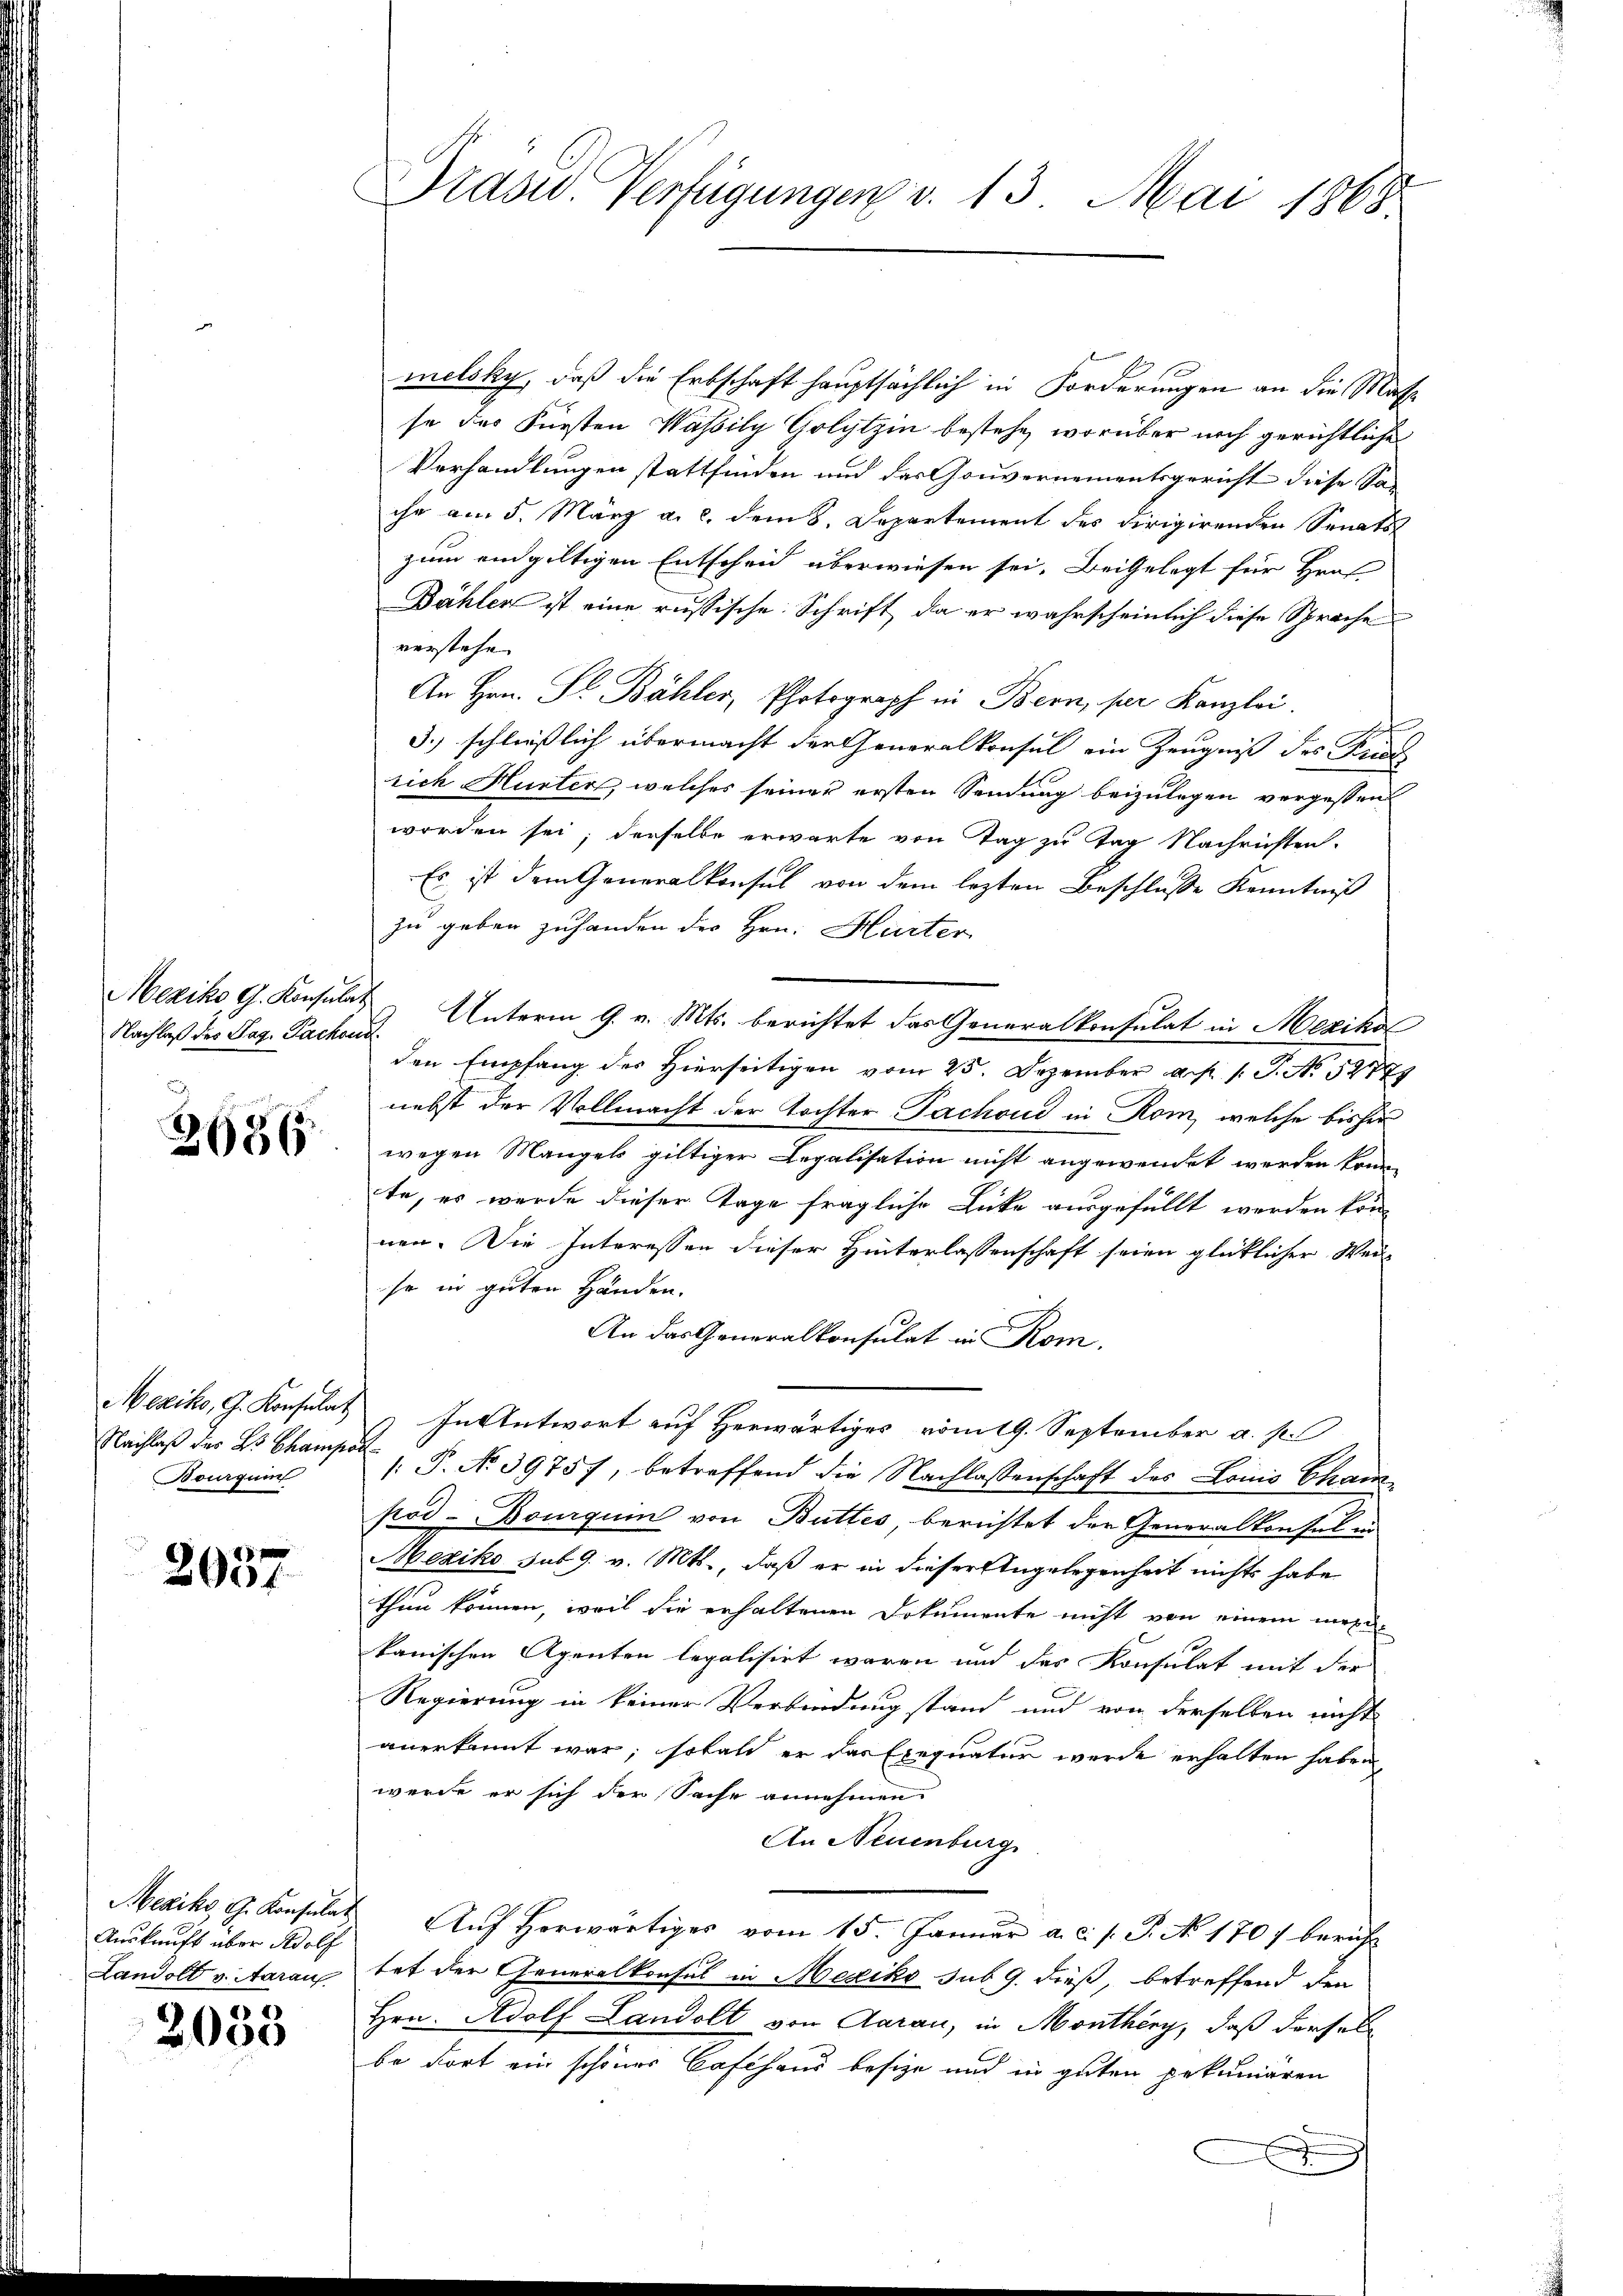
Nachlaß des Tag. Pachend

2686

Mexiko, G. Konsulat
Nachlaß der Bs Champar
Burgung

2057

Mexiko, G. Konsulat
Auskunft über Adolf
Landolt v. Aarau

) 4)
2000

Drasid. Verfügungen v. 13. Mai 1865

melsky, daß die Erbschaft hauptsächlich in Forderungen an die Masse des Fürsten Wassily Golytzin bestehe, worüber noch gerichtliche
Verhandlungen stattfinden und des Gouvernementsgericht diese Sa-
che am 5. März a. c. dem 8. Departement des dirigirenden Senats
zum endgültigen Entscheid überwiesen sei. Beigelegt für Hraf
Dählen ist eine russische Schrift, da er wahrscheinlich diese Sprache
verstehe |
An Hrn. Pr. Bähler, Photograph in Bern, per Kanzlei.
3.) schließlich übermacht der Generalkonsul ein Zeugniß des Pred
sich Hurter, welches seiner ersten Sendung beizulegen vergessen
worden sei; derselbe erwarte von Tag zu Tag Nachrichten.
Es ist dem Generalkonsul von dem lezten Beschlusse Kenntniß
zu geben zuhanden des Hrn. Hurter
Mexiko G. Konsulat Unterm 9. v. Mts. berichtet das Generalkonsulat in Mexiko
den Empfang des Hierseitigen vom 25. Dezember d. 1. J. No. 52779
nebst der Vollmacht der Tochter Pachoud in Rom, welche bisher
wegen Mangels giltiger Legalisation nicht angewendet werden könne
te, es wurde dieser Tage fragliche Lücke ausgefüllt werden können. Die Interessen dieser Hinterlassenschaft seien glücklicher Weis
se in guten Händen.
An das Generalkonsulat in Kom
In Antwort auf Herwärtiges vom 19. September a. p.
/: P. No 39757, betreffend die Nachlassenschaft des Louis Cham
pod. Bourquin von Buttes, berichtet der Generalkonsul in
Mexiko sub 9. v. Mts., daß er in dieser Angelegenheit nichts habe
thun können, weil die erhaltenen Dokumente nicht von einem mehr-
kanischen Agenten legalisirt waren und das Konsulat mit der
Regierung in keiner Verbindung stand und von derselben nicht
anerkannt war; sobald er das Exequatur werde erhalten haben,
werde er sich der Sache annehmen.
An Neuenburg
Aŭf herwärtiges vom 15. Januar a. c. s. S. N. 170) bericht
tat der Generalkonsul in Mexiko sub 9. dieß, betreffend d
Hrn. Adolf Landolt von Aarau, in Monthény, daß dersel
be dort ein schöner Cafhaus besize und in guten pekuniären
x